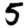
Digit: 5